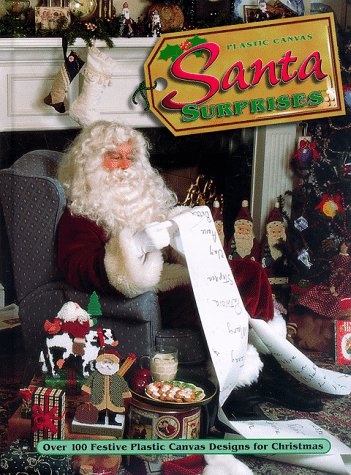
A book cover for Plastic Canvas Santa Surprises: Over 100 Festive Plastic Canvas Designs for Christmas; Annie's Attic Publishing; Crafts, Hobbies & Home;